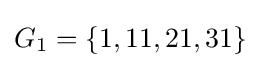
G_{1}=\{1,11,21,31\}